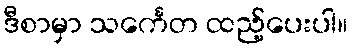
ဒီစာမှာ သင်္ကေတ ထည့်ပေးပါ။